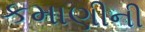
કમાણીની